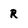
Character: R